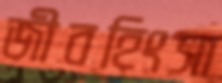
জীবহিংসা